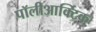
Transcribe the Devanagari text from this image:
पॉलीआर्क्टिक